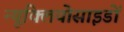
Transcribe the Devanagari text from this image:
न्यूक्लियोसाइडों